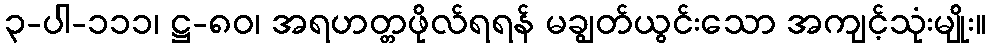
၃-ပါ-၁၁၁၊ ဋ္ဌ-၈၀၊ အရဟတ္တဖိုလ်ရရန် မချွတ်ယွင်းသော အကျင့်သုံးမျိုး။